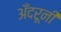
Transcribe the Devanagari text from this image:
अँदरूनी